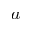
a